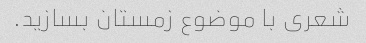
شعری با موضوع زمستان بسازید.